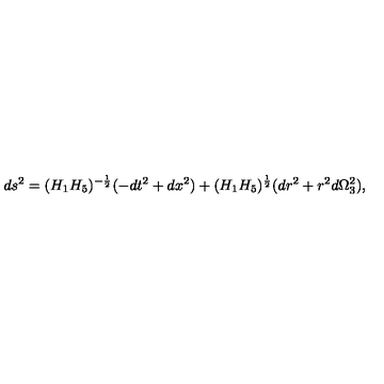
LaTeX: d s ^ { 2 } = ( H _ { 1 } H _ { 5 } ) ^ { - \frac { 1 } { 2 } } ( - d t ^ { 2 } + d x ^ { 2 } ) + ( H _ { 1 } H _ { 5 } ) ^ { \frac { 1 } { 2 } } ( d r ^ { 2 } + r ^ { 2 } d \Omega _ { 3 } ^ { 2 } ) ,